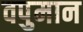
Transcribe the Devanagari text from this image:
वपुमान